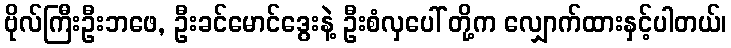
ဗိုလ်ကြီးဦးဘဖေ, ဦးခင်မောင်ဒွေးနဲ့ ဦးစံလှပေါ် တို့က လျှောက်ထားနှင့်ပါတယ်၊